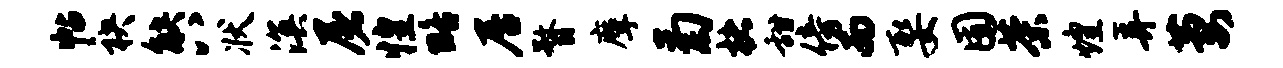
帖袂觖八状溟屠惶略居瞀摩菊楮甜傍而娶囿茶煌弄萋